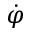
\dot { \varphi }